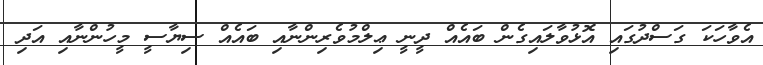
އެވާހަކަ ގަސްދުގައި އޮޅުވާލައިގެން ބައެއް ދީނީ ޢިލްމުވެރިންނާއި ބައެއް ސިޔާސީ މީހުންނާއި އަދި